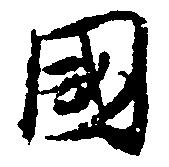
国